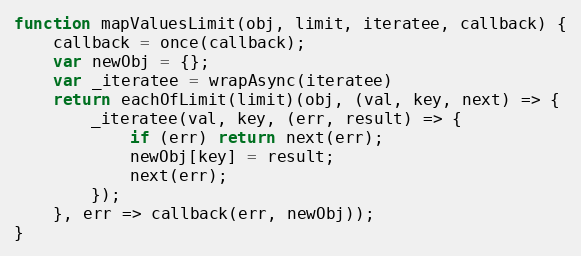
Language: JavaScript
function mapValuesLimit(obj, limit, iteratee, callback) {
    callback = once(callback);
    var newObj = {};
    var _iteratee = wrapAsync(iteratee)
    return eachOfLimit(limit)(obj, (val, key, next) => {
        _iteratee(val, key, (err, result) => {
            if (err) return next(err);
            newObj[key] = result;
            next(err);
        });
    }, err => callback(err, newObj));
}